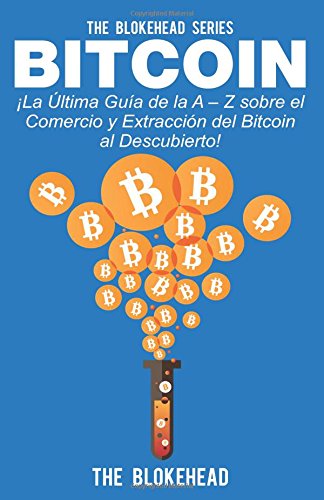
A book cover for Bitcoin Â¡La ÃEltima GuÃ­a de la A EE Z sobre el Comercio y ExtracciÃ³n del Bitcoin, al Descubierto! (Spanish Edition); The Blokehead; Computers & Technology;